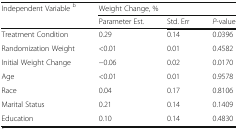
<table><thead><tr><td rowspan="2"><b>Independent Variable <sup>b</sup></b></td><td colspan="3"><b>Weight Change, %</b></td></tr><tr><td><b>Parameter Est.</b></td><td><b>Std. Err</b></td><td><b><i>P</i>-value</b></td></tr></thead><tbody><tr><td>Treatment Condition</td><td>0.29</td><td>0.14</td><td>0.0396</td></tr><tr><td>Randomization Weight</td><td>&lt;0.01</td><td>0.01</td><td>0.4582</td></tr><tr><td>Initial Weight Change</td><td>−0.06</td><td>0.02</td><td>0.0170</td></tr><tr><td>Age</td><td>&lt;0.01</td><td>0.01</td><td>0.9578</td></tr><tr><td>Race</td><td>0.04</td><td>0.17</td><td>0.8106</td></tr><tr><td>Marital Status</td><td>0.21</td><td>0.14</td><td>0.1409</td></tr><tr><td>Education</td><td>0.10</td><td>0.14</td><td>0.4830</td></tr></tbody></table>